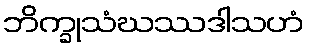
ဘိက္ခုသံဃဿဒါသဟံ